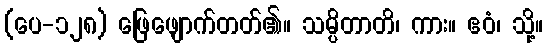
(ပေ-၁၂၈) ဖြေဖျောက်တတ်၏။ သမ္ပိတာတိ၊ ကား။ ဧဝံ၊ သို့။